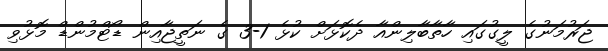
ޖަރުމަނުގެ ލީގުގައި ހާތާބާލިންއާ ދެކޮޅަށް ކުޅެ 1-3 ގެ ނަތީޖާއިން ޑޯޓްމުންޑް މޮޅުވި